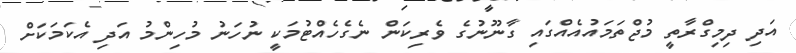
އަދި ދިމިގްރާތީ މުޖްތަމައުއެއްގައި ގާނޫނުގެ ވެރިކަން ނެެގެހެއްޓުމަކީ ނުހަނު މުހިންމު އަދި އެކަމަކަށް